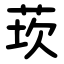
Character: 莰